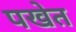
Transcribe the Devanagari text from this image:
पखेत